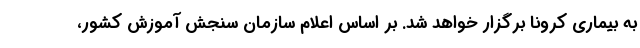
به بیماری کرونا برگزار خواهد شد. بر اساس اعلام سازمان سنجش آموزش کشور،